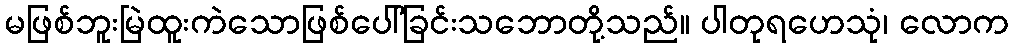
မဖြစ်ဘူးမြဲထူးကဲသောဖြစ်ပေါ်ခြင်းသဘောတို့သည်။ ပါတုရဟေသုံ၊ လောက